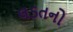
લડતનો